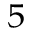
^ { 5 }